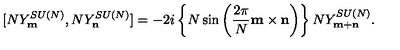
[ N Y _ { \bf m } ^ { S U ( N ) } , N Y _ { \bf n } ^ { S U ( N ) } ] = - 2 i \left\{ N \sin \left( \frac { 2 \pi } { N } { \bf m \times n } \right) \right\} N Y _ { \bf m + n } ^ { S U ( N ) } .